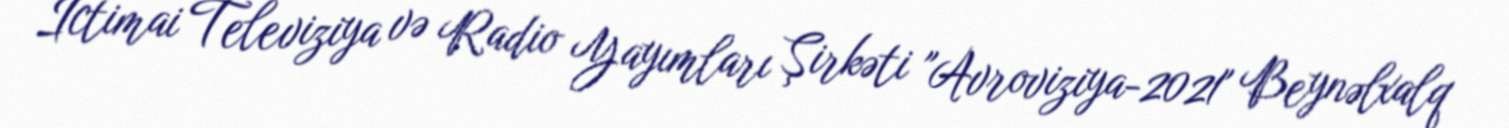
İctimai Televiziya və Radio Yayımları Şirkəti "Avroviziya-2021" Beynəlxalq